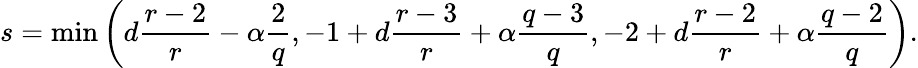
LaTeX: s=\operatorname*{min}\left(d\frac{r-2}{r}-\alpha\frac{2}{q},-1+d\frac{r-3}{r}+\alpha\frac{q-3}{q},-2+d\frac{r-2}{r}+\alpha\frac{q-2}{q}\right).